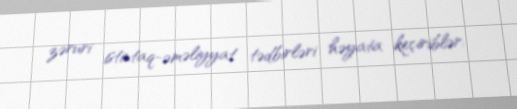
zəruri istintaq-əməliyyat tədbirləri həyata keçiriblər.